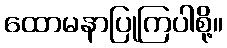
ထောမနာပြုကြပါစို့။